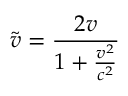
\tilde { v } = \frac { 2 v } { 1 + \frac { v ^ { 2 } } { c ^ { 2 } } }